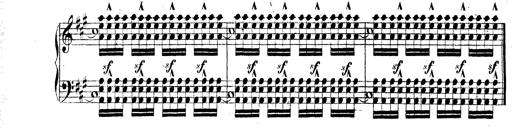
Title: Technische Studien
Composer: Franz Liszt